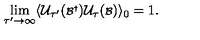
\lim _ { \tau ^ { \prime } \rightarrow \infty } \langle { \cal U } _ { \tau ^ { \prime } } ( { \scriptstyle { \cal B } ^ { \dagger } } ) { \cal U } _ { \tau } ( { \scriptstyle { \cal B } } ) \rangle _ { 0 } = 1 .